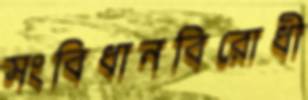
সংবিধানবিরোধী